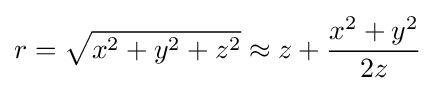
r={\sqrt {x^{2}+y^{2}+z^{2}}}\approx z+{\frac {x^{2}+y^{2}}{2z}}